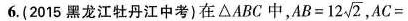
6.(2015黑龙江牡丹江中考)在△ABC中， $$A B = 1 2 \sqrt { 2 }$$ $$AC=$$